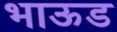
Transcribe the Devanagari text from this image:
भाऊड